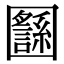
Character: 𡈸